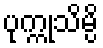
ပုက္ကုသိမ္ပိ